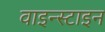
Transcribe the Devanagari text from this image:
वाइन्स्टाइन